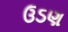
ઉડણ